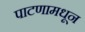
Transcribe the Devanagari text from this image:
पाटणामधून